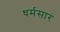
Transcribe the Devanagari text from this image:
धर्मसारं